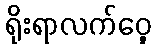
ရိုးရာလက်ဝှေ့